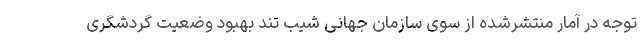
توجه در آمار منتشرشده از سوی سازمان جهانی شیب تند بهبود وضعیت گردشگری